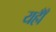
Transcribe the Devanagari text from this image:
यहाँँ